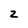
Character: Z